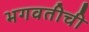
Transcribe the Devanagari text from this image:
भगवतीची